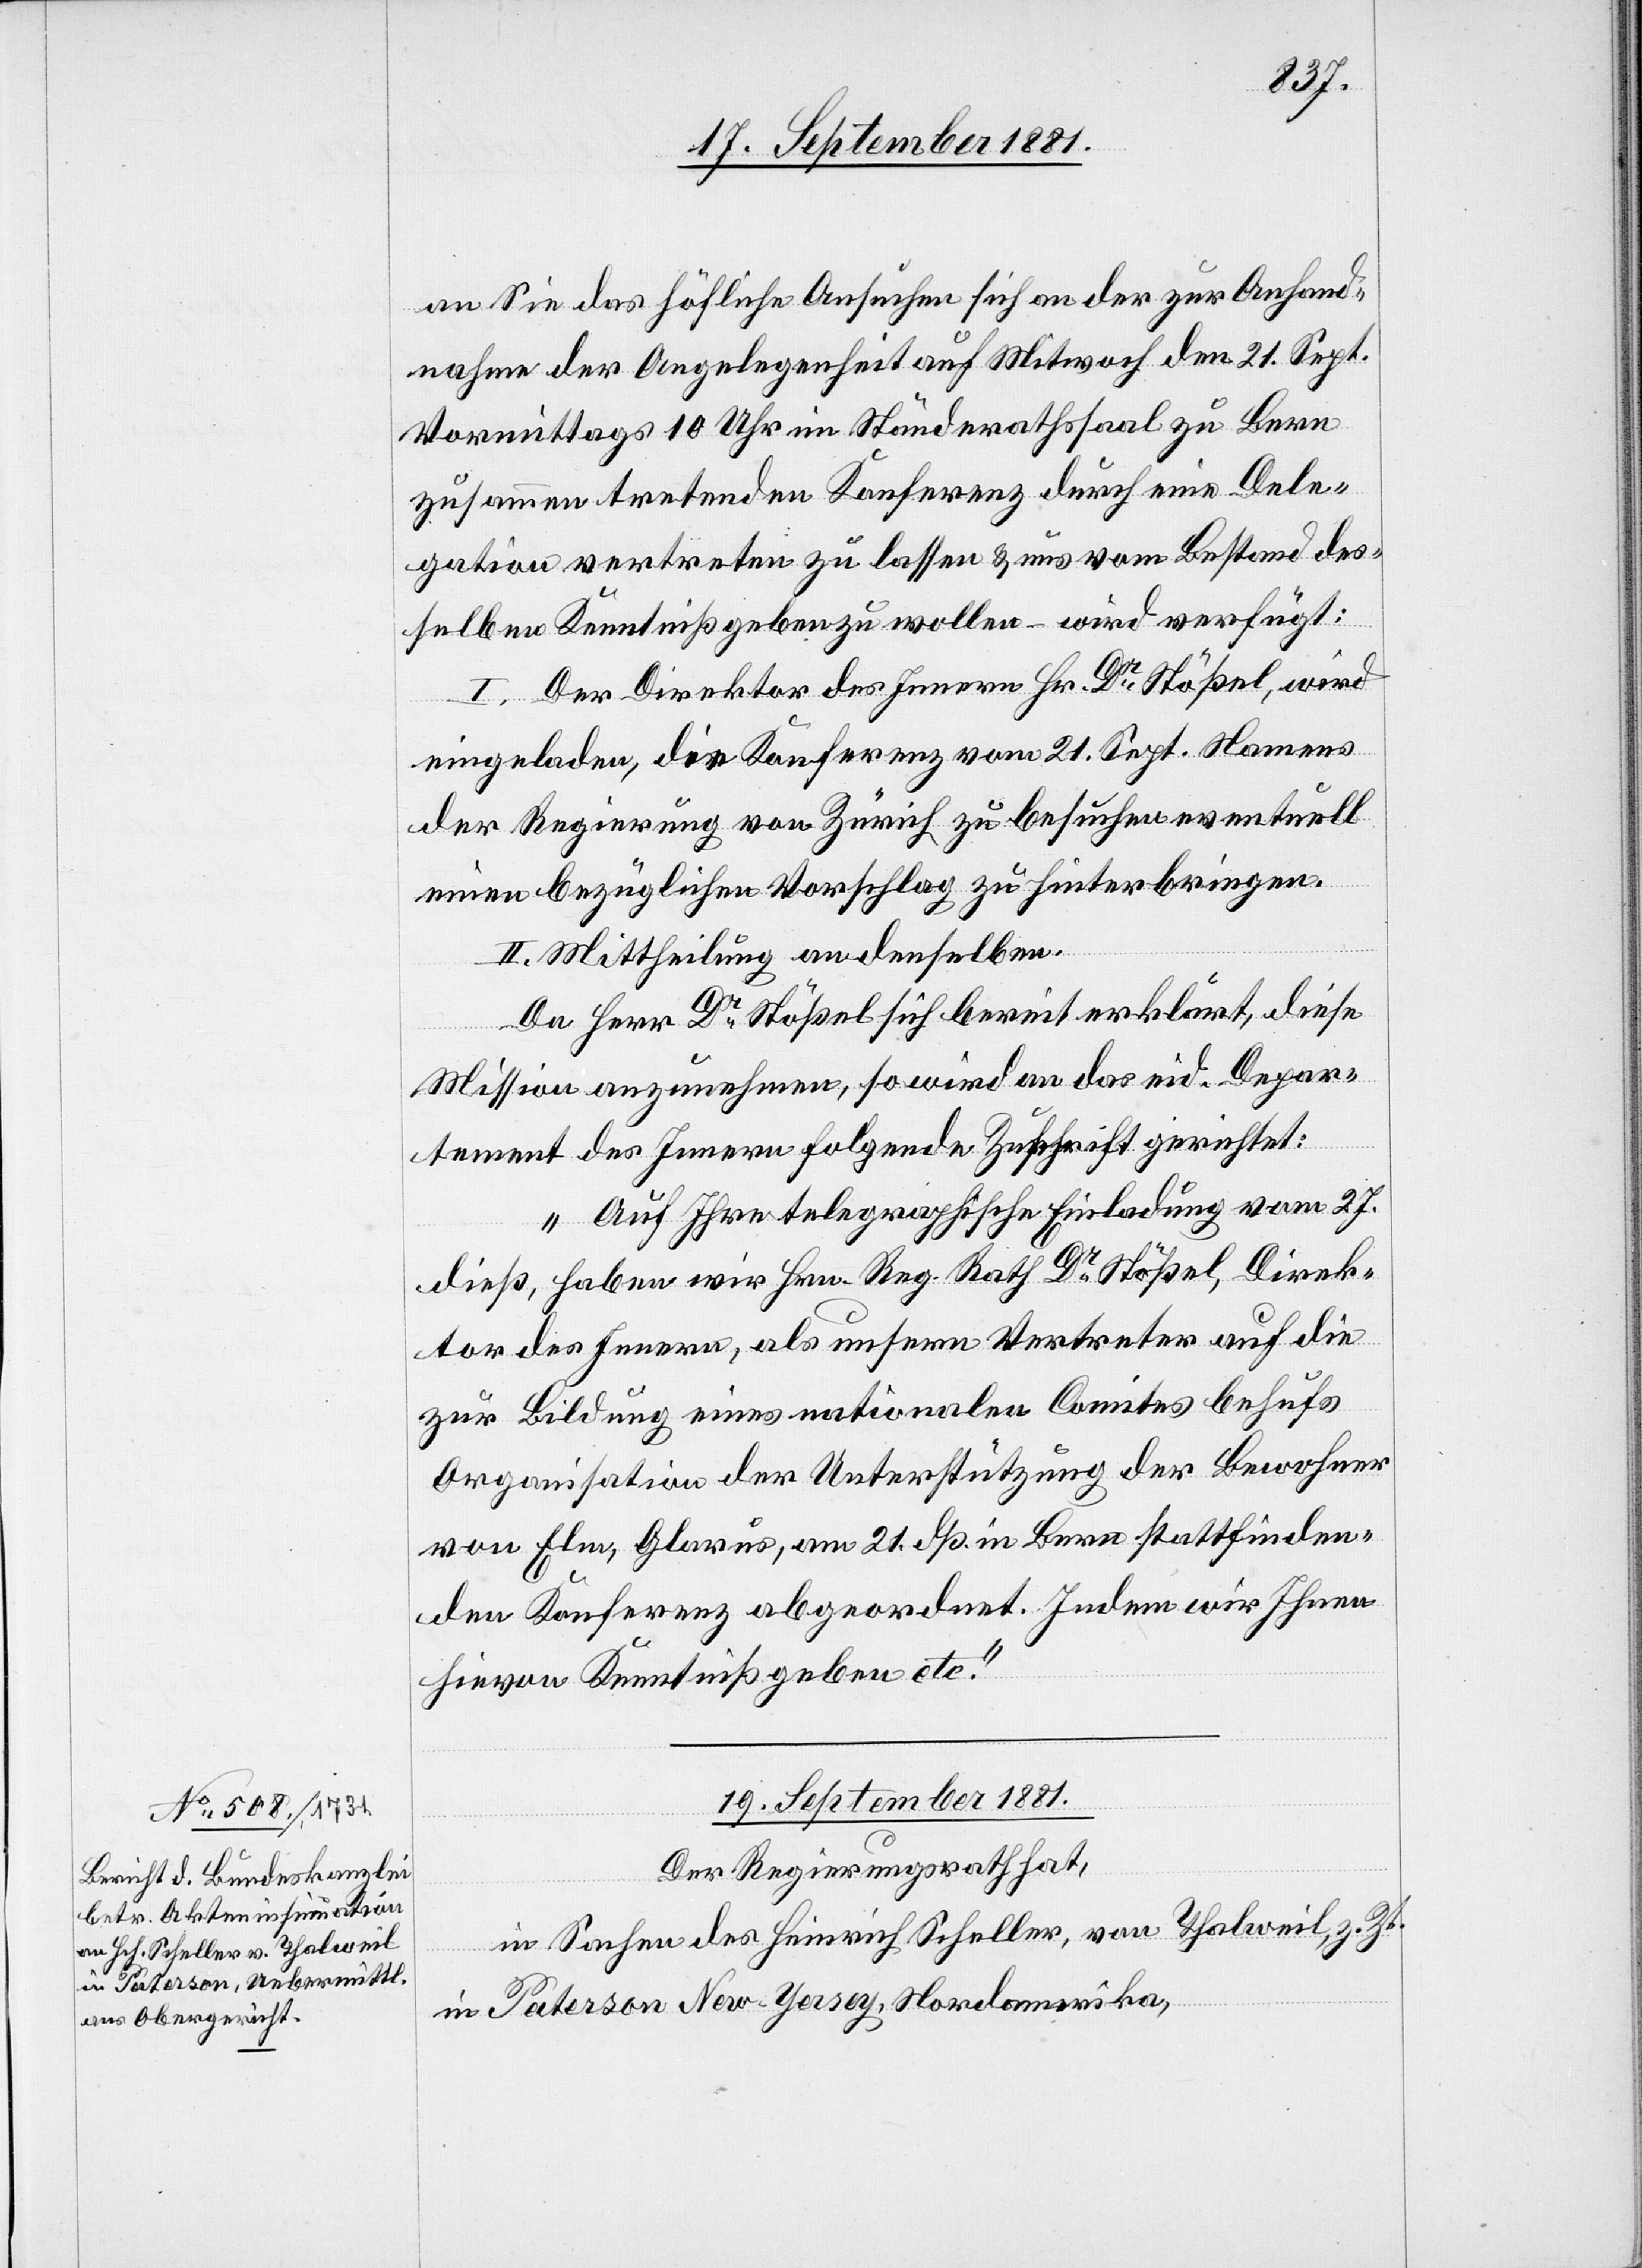
an Sie das höfliche Ansuchen sich an der zur Anhand¬
nahme der Angelegenheit auf Mittwoch den 21. Sept.
Vormittags 10 Uhr im Ständerathssaal zu Bern
zusammentretenden Konferenz durch eine Dele¬
gation vertreten zu lassen & uns vom Bestand des¬
selben Kenntniß geben zu wollen – wird verfügt:
I. Der Direktor des Innern Hr. Dr Stößel, wird
eingeladen, die Konferenz vom 21. Sept. Namens
der Regierung von Zürich zu besuchen eventuell
einen bezüglichen Vorschlag zu hinterbringen.
II. Mittheilung an denselben.
Da Herr Dr Stößel sich bereit erklärt, diese
Mission anzunehmen, so wird an das eid. Depar¬
tement des Innern folgende Zuschrift gerichtet:
„Auf Ihre telegraphische Einladung vom 27.
dieß, haben wir Hrn. Reg. Rath Dr Stößel, Direk¬
tor des Innern, als unsern Vertreter auf die
zur Bildung eines nationalen Comites behufs
Organisation der Unterstützung der Bewohner
von Elm, Glarus, am 21. dß. in Bern stattfinden¬
den Konferenz abgeordnet. Indem wir Ihnen
hievon Kenntniß geben etc.“
19. September 1881.
Der Regierungsrath hat,
in Sachen des Heinrich Scheller, von Thalweil, z. Zt.
in Paterson New-Yersey, Nordamerika,